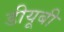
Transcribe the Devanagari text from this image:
डीयूबी